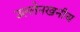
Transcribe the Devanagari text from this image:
उल्लेनखनीय